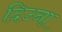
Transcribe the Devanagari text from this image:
दिउना